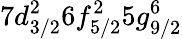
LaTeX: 7d_{3/2}^{2}6f_{5/2}^{2}5g_{9/2}^{6}